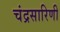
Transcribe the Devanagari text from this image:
चंद्रसारिणी